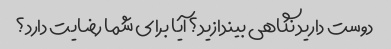
دوست دارید نگاهی بیندازید؟ آیا برای شما رضایت دارد؟